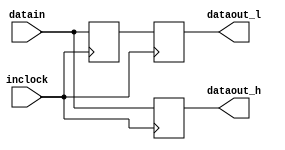
module alt_ddr_input (
    datain,
    inclock,
    dataout_h,
    dataout_l);

     parameter PAD_WIDTH = 8;
    input   [PAD_WIDTH-1:0]  datain;
    input     inclock;
    output  [PAD_WIDTH-1:0]  dataout_h;
    output  [PAD_WIDTH-1:0]  dataout_l;

reg [PAD_WIDTH-1:0]          dataout_h;
reg [PAD_WIDTH-1:0]          dataout_l;
reg [PAD_WIDTH-1:0]          dataout_lo;

always @(posedge inclock)
    dataout_h <= datain;

always @(negedge inclock)
    dataout_lo <= datain;

always @(posedge inclock)
    dataout_l <= dataout_lo;

endmodule